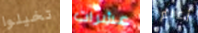
تخيلوا عشرات أعلم